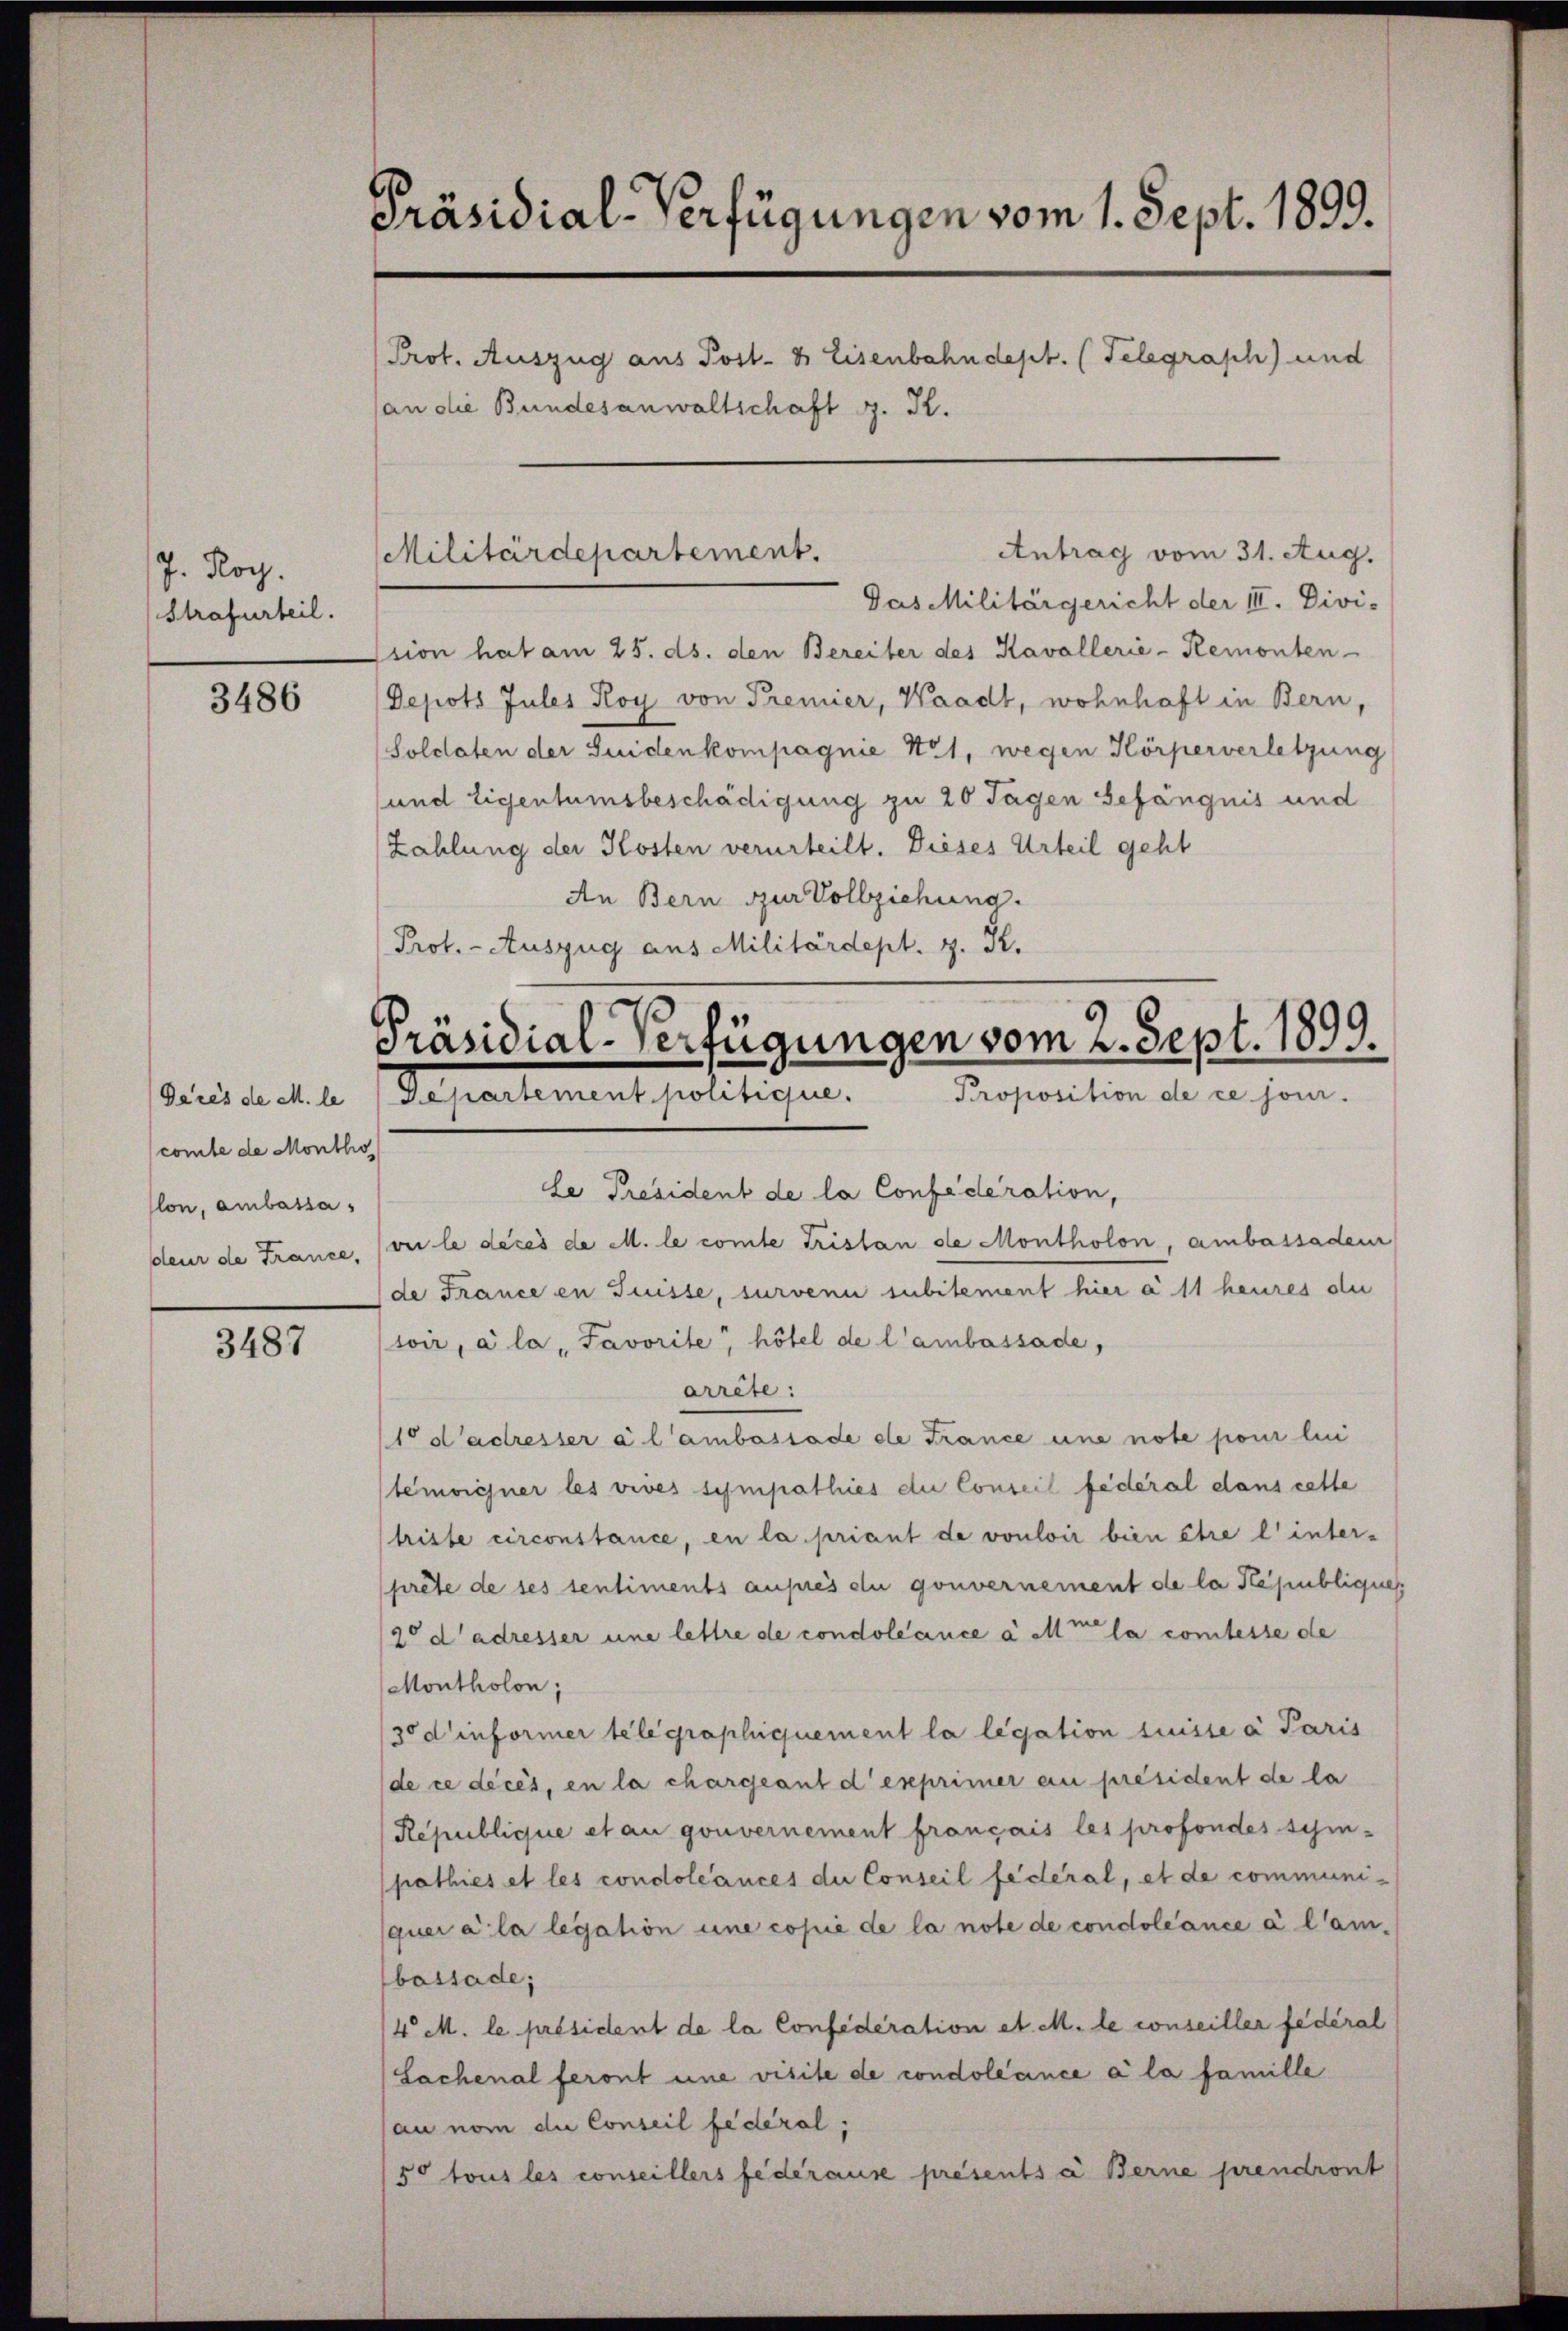
J. Roy.
Strafurteil.

3486

Gares de M. le
comte de Montho
lon, ambassa
deur de France,

3487

Präsidial-Verfügungen vom 1. Sept. 1899.
Prot. Auszug aus Post- & Eisenbahndept. (Telegraph) und
an die Bundesanwaltschaft G. K.

Militärdepartement.

Antrag vom 31. Aug.
Das Militärgericht der III. Divi-
ssion hat am 25. ds. den Bereiter des Kavallerie-Remonten
Depots Jules Koy von Premier, Waadt, wohnhaft in Bern,
Soldaten der Suiden kompagnie 121, wegen Körperverletzung
und Eigentumsbeschädigung zu 20 Tagen Gefängnis und
Zahlung der Kosten verurteilt. Dieses Urteil geht
An Bern zur Vollziehung.
Prot. - Auszug aus Militärdept. z. K.

Präsidial-Verfügungen vom 2. Sept. 1899.
Repartement politicie
Proposition de ce jour.

le Präsident de la Confederation,
oi le deces de M. le comte Tristan de Montholon, ambassaden
de France en Suisse, survenu subitement hier à 11 heures die
soir, à la "Favorite, hötel de l’ambassade,
arrête:
10 d’adresser à l’ambassade ele France une note pour lei
temoigner les vives sympathies die Conseil fédéral dans celle
triste circonstance, en la priant de vouloir bien être l’inter-
prête de ses sentiments auprès du gouvernement de la Républiques
20 d’adresser une lettre de condoléance à de la comtesse de
Montholon;
30 d’informer telegraphiquement la legation suisse a Paris
de ce décés, en la chargeant d’exprimer au président de la
Republique et au gouvernement français les profondes schi-
pathies et les condoléances du Conseil fédéral, et de communiquer a la legation une copie de la note de condoléance à l’am-
bassade;
/4 M. le président de la Confederation et. M. le conseiller fédéral
Sachenal feront une visite de condoléance a la famille
au nom die Conseil fédéral,
50 tous les conseillers federause présents à Berne prendront